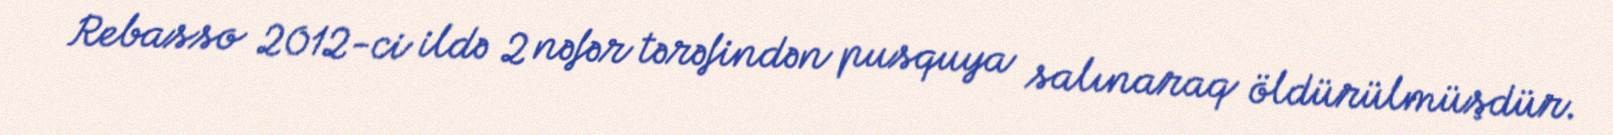
Rebasso 2012-ci ildə 2 nəfər tərəfindən pusquya salınaraq öldürülmüşdür.